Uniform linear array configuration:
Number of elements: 24
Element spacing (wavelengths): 0.5
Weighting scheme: kaiser
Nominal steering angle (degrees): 45
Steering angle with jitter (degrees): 45.73
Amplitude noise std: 0.05
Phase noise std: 0.05

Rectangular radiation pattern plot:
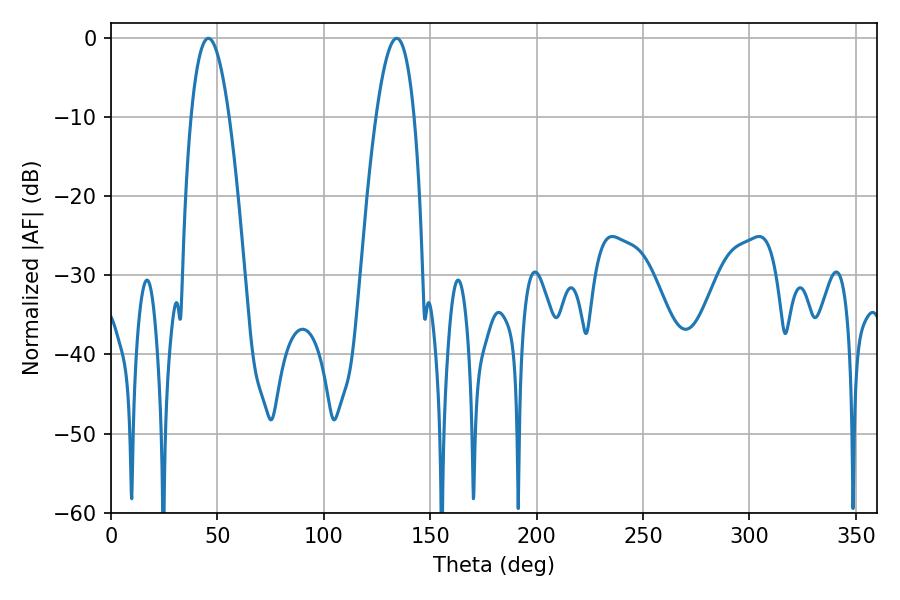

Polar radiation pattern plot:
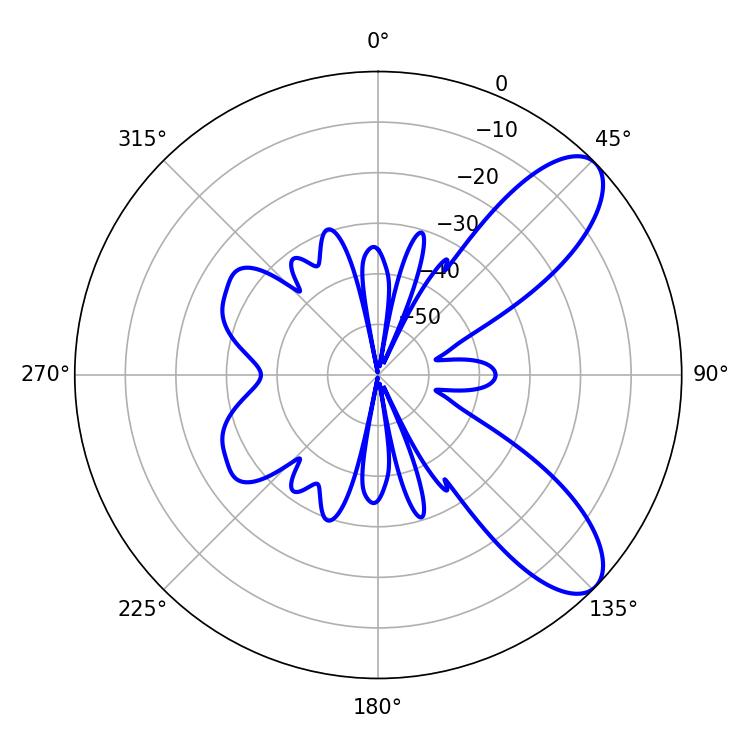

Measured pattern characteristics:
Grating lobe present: FALSE
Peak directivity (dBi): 8.798
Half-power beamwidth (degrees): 9.9
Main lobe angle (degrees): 45.72